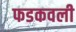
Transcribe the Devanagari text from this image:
फडकवली